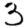
Digit: 3